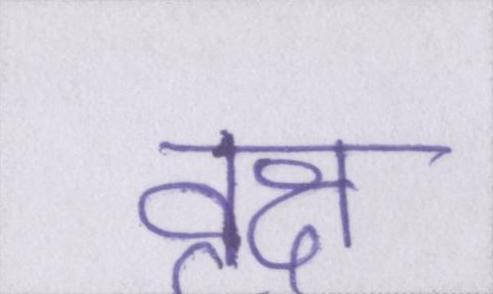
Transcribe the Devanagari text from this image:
वृक्ष